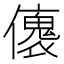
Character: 𠐤